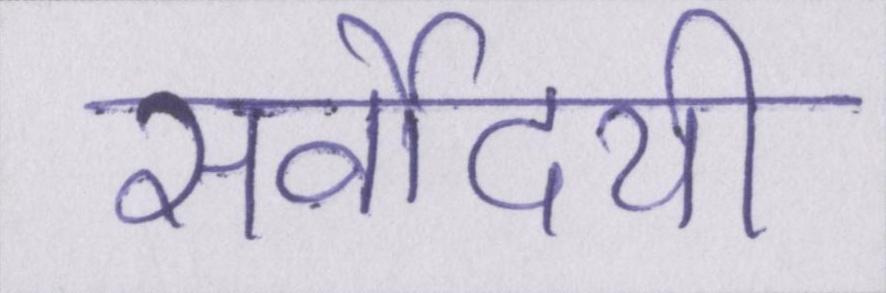
सर्वोदयी